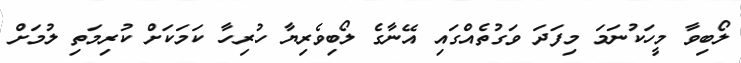
ލޯބިވާ މީހަކުނަމަ މިފަދަ ވަގުތެއްގައި އޭނާގެ ލޯބިވެރިޔާ ހުރިހާ ކަމަކަށް ކުރިމަތި ލުމަށް